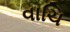
વાચિ